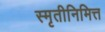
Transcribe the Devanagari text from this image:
स्मृतीनिमित्त